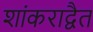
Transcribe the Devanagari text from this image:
शांकराद्वैत